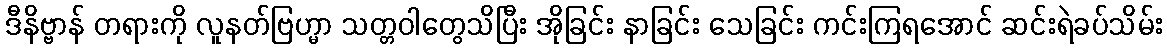
ဒီနိဗ္ဗာန် တရားကို လူနတ်ဗြဟ္မာ သတ္တဝါတွေသိပြီး အိုခြင်း နာခြင်း သေခြင်း ကင်းကြရအောင် ဆင်းရဲခပ်သိမ်း